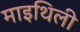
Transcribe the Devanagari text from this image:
माइथिली